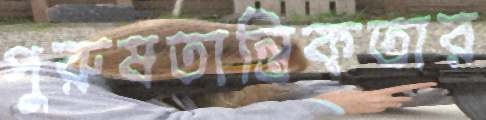
পুরুষতান্ত্রিকতার